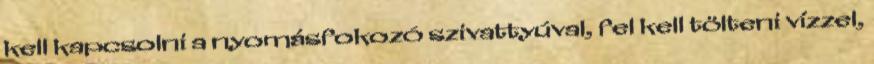
kell kapcsolni a nyomásfokozó szivattyúval, fel kell tölteni vízzel,